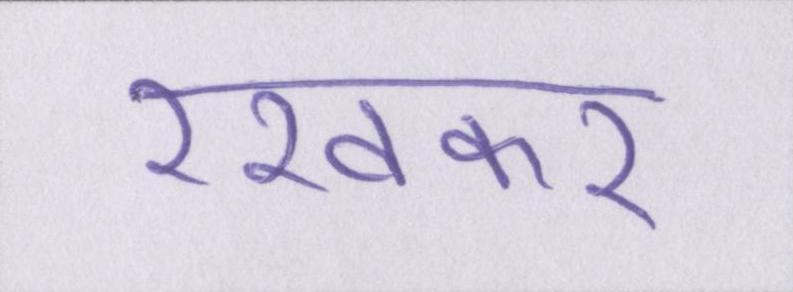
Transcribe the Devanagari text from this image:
रखकर